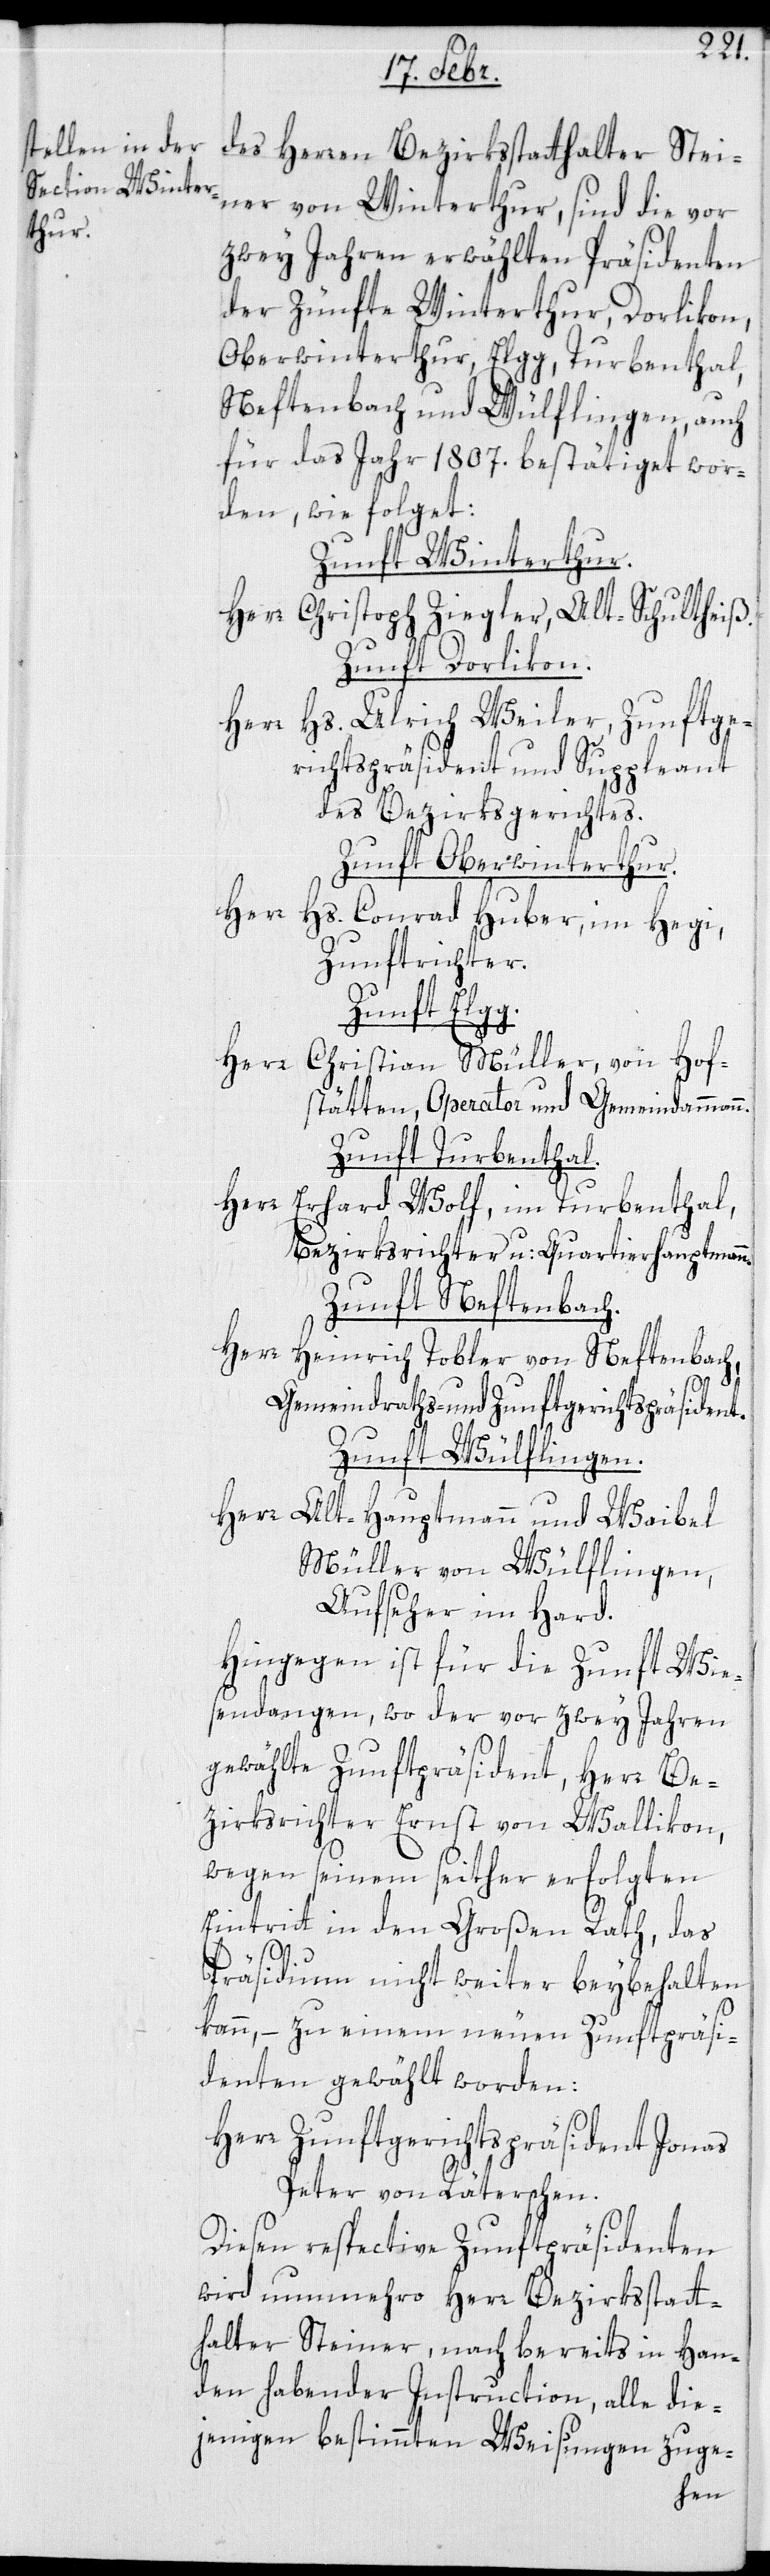
des Herren Bezirksstatthalter Stei¬
ner von Winterthur, sind die vor
zwey Jahren erwählten Präsidenten
der Zünfte Winterthur, Dorlikon,
Oberwinterthur, Elgg, Turbenthal,
Neftenbach und Wülflingen auch
für das Jahr 1807. bestätiget wor¬
den, wie folget:
Zunft Winterthur.
Herr Christoph Ziegler, Alt-Schultheiß.
Zunft Dorlikon.
Herr Hs. Ulrich Weiler, Zunftge¬
richtspräsident und Suppleant
des Bezirksgerichtes.
Zunft Oberwinterthur.
Herr
Hs. Conrad Huber, im Hegi,
Zunftrichter.
Zunft Elgg.
Herr Christian Müller, von Hof¬
stätten, Operator und Gemeindammann.
Zunft Turbenthal.
Herr Erhard Wolf, im Turbenthal,
Bezirksrichter u. Quartierhauptmann.
Zunft Neftenbach.
Herr Heinrich Tobler von Neftenbach,
Gemeindraths- und Zunftgerichtspräsident.
Zunft Wülflingen.
Herr Alt-Hauptmann und Weibel
Müller von Wülflingen,
Aufseher im Hard.
Hingegen ist für die Zunft Wie¬
sendangen, wo der vor zwey Jahren
gewählte Zunftpräsident Herr Be¬
zirksrichter Ernst von Wallikon,
wegen seinem seither erfolgten
Eintritt in den Großen Rath, das
Präsidium nicht weiter beybehalten
kann, – zu einem neuen Zunftpräsi¬
denten gewählt worden:
Herr Zunftgerichtspräsident Jonas
Peter von Räterschen.
Diesen resprective Zunftpräsidenten
wird nunmehro Herr Bezirksstatt¬
halter Steiner, nach bereits in Han¬
den habender Instruction, alle die¬
jenigen bestimmten Weisungen zuge-